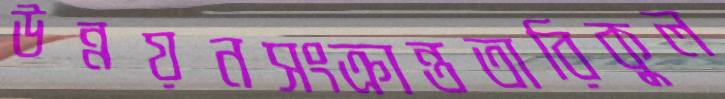
উন্নয়নসংক্রান্ততারিকুল